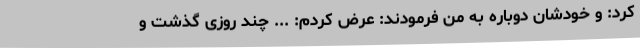
کرد: و خودشان دوباره به من فرمودند: عرض کردم: ... چند روزی گذشت و